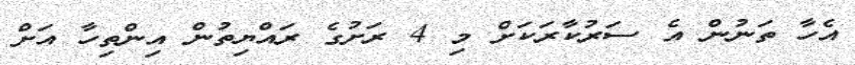
އެހާ ތަނުން އެ ސަރުކާރަކަށް މި 4 ރަށުގެ ރައްޔިތުން އިންތިހާ އަށް